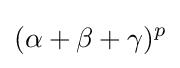
(\alpha +\beta +\gamma )^{p}